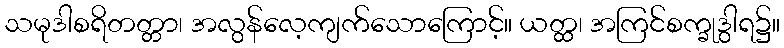
သမုဒါစရိတတ္တာ၊ အလွန်လေ့ကျက်သောကြောင့်။ ယတ္ထ၊ အကြင်စက္ခုဒွါရ၌။